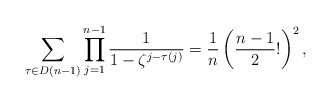
\begin{align*}\sum_{\tau \in D(n-1)} \prod_{j=1}^{n-1} \dfrac{1}{1-\zeta^{j-\tau(j)}}=\dfrac{1}{n}\left(\dfrac{n-1}{2}! \right)^{2}, \end{align*}